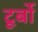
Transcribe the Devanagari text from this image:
टूर्बो